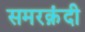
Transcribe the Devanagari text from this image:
समरक़ंदी